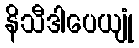
နိသီဒါပေယျုံ